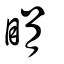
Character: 睊